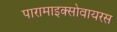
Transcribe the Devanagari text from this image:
पारामाइक्सोवायरस